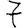
Digit: 7